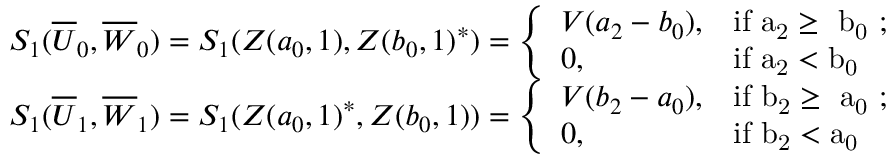
\begin{array} { r } { S _ { 1 } ( \overline { { U } } _ { 0 } , \overline { { W } } _ { 0 } ) = S _ { 1 } ( Z ( a _ { 0 } , 1 ) , Z ( b _ { 0 } , 1 ) ^ { * } ) = \left\{ \begin{array} { l l } { V ( a _ { 2 } - b _ { 0 } ) , } & { \mathrm { i f ~ a _ 2 \geq ~ b _ 0 ~ ; } } \\ { 0 , } & { \mathrm { i f ~ a _ 2 < b _ 0 ~ } } \end{array} \right. } \\ { S _ { 1 } ( \overline { { U } } _ { 1 } , \overline { { W } } _ { 1 } ) = S _ { 1 } ( Z ( a _ { 0 } , 1 ) ^ { * } , Z ( b _ { 0 } , 1 ) ) = \left\{ \begin{array} { l l } { V ( b _ { 2 } - a _ { 0 } ) , } & { \mathrm { i f ~ b _ 2 \geq ~ a _ 0 ~ ; } } \\ { 0 , } & { \mathrm { i f ~ b _ 2 < a _ 0 ~ } } \end{array} \right. } \end{array}